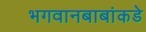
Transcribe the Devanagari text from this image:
भगवानबाबांकडे